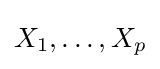
X_{1},\dots ,X_{p}